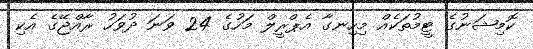
ކޮމިޝަނުގެ ޓީމުތަކެއް މިހިނގާ އެޕްރީލް މަހުގެ 24 ވަނަ ދުވަހު ރާއްޖޭގެ އެކި